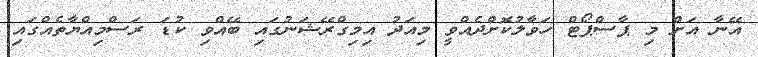
އޭނާ އަށް މި ޕާސްޕޯޓް ހަވާލުކޮށްދެއްވީ މިއަދު އިމިގްރޭޝަނުގައި ބޭއްވި ކުޑަ ރަސްމިއްޔާތެއްގައި